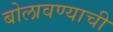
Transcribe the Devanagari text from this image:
बोलावण्याची